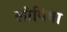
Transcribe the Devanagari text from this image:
लोयिया